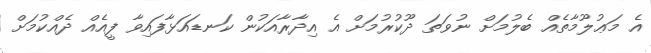
އެ މަޢުލޫމާތެއް ބެލުމަށް ނުވަތަ ދޫކުރުމަށް އެ އިދާރާއަކުން ކަނޑައަޅާފައިވާ ފީއެއް ދެއްކުމަށް